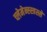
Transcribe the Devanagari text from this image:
च्लेमेन्स्स्त्रस्से